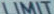
LIMIT